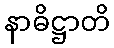
နာဓိဋ္ဌာတိ